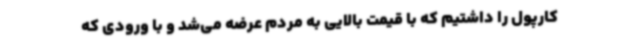
کارپول را داشتیم که با قیمت بالایی به مردم عرضه می‌شد و با ورودی که